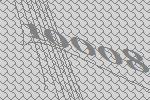
10008